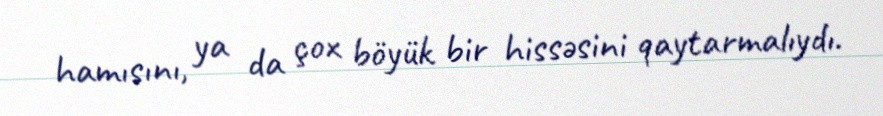
hamısını, ya da çox böyük bir hissəsini qaytarmalıydı.